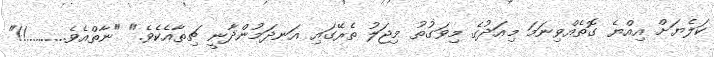
ކަލެޔަށް އިއްޔެ ގޮތެއްވިނަމަ މިއަދުގެ މިވަގުތު މިޖަލު ތެރޭގައި އަނދަމުންދާނީ ޗިތާއެކެވެ." "ނާތްއެވެ..........!!"